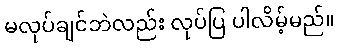
မလုပ်ချင်ဘဲလည်း လုပ်ပြ ပါလိမ့်မည်။